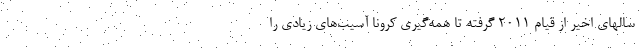
سالهای اخیر از قیام ۲۰۱۱ گرفته تا همه‌گیری کرونا آسیب‌های زیادی را